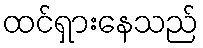
ထင်ရှားနေသည်